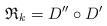
LaTeX: \begin{align*}\mathfrak{R}_{k}=D^{\prime \prime }\circ D^{\prime }\end{align*}